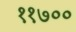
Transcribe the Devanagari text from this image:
११७००